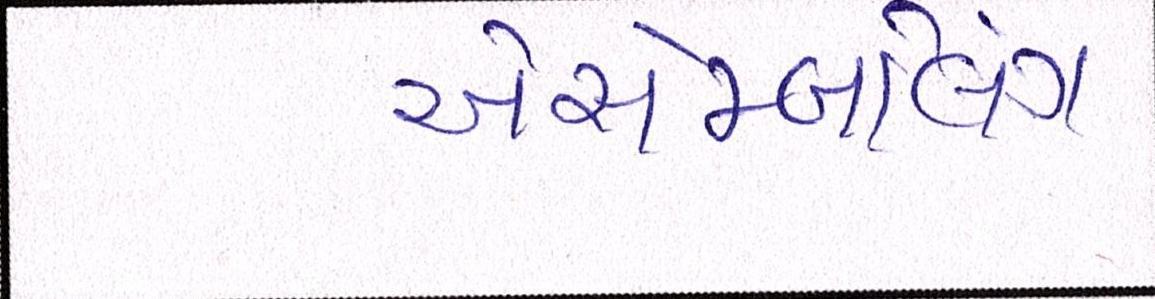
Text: એસેમ્બલિંગ